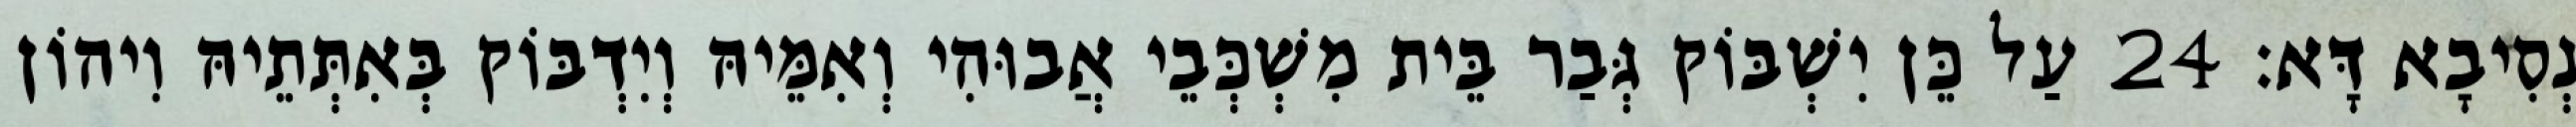
נְסִיבָא דָּא׃ 24 עַל כֵּן יִשְׁבּוֹק גְּבַר בֵּית מִשְׁכְּבֵי אֲבוּהִי וְאִמֵּיהּ וְיִדְבּוֹק בְּאִתְּתֵיהּ וִיהוֹן